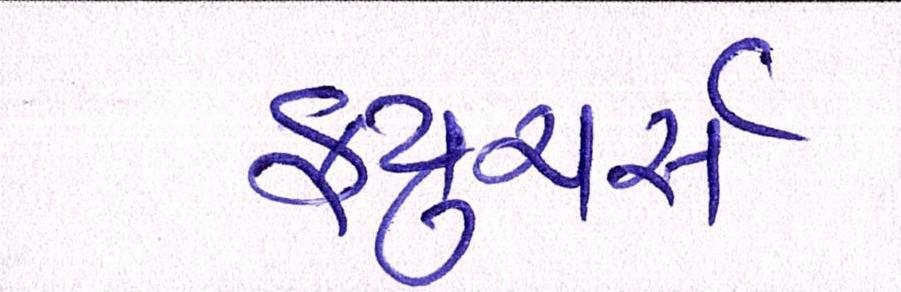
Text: ફ્યુચર્સ